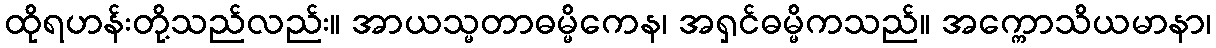
ထိုရဟန်းတို့သည်လည်း။ အာယသ္မတာဓမ္မိကေန၊ အရှင်ဓမ္မိကသည်။ အက္ကောသိယမာနာ၊